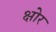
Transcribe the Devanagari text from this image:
क्षोर